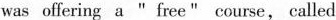
was offering a " free " course, called